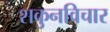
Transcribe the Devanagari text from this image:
शकुनविचार